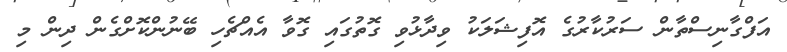
އަފްގާނިސްތާން ސަރުކާރުގެ އޮފިޝަލަކު ވިދާޅުވި ގޮތުގައި ގޮވާ އެއްޗެހި ބޭނުންކޮށްގެން ދިން މި